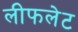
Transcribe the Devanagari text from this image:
लीफलेट